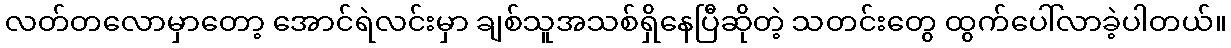
လတ်တလောမှာတော့ အောင်ရဲလင်းမှာ ချစ်သူအသစ်ရှိနေပြီဆိုတဲ့ သတင်းတွေ ထွက်ပေါ်လာခဲ့ပါတယ်။